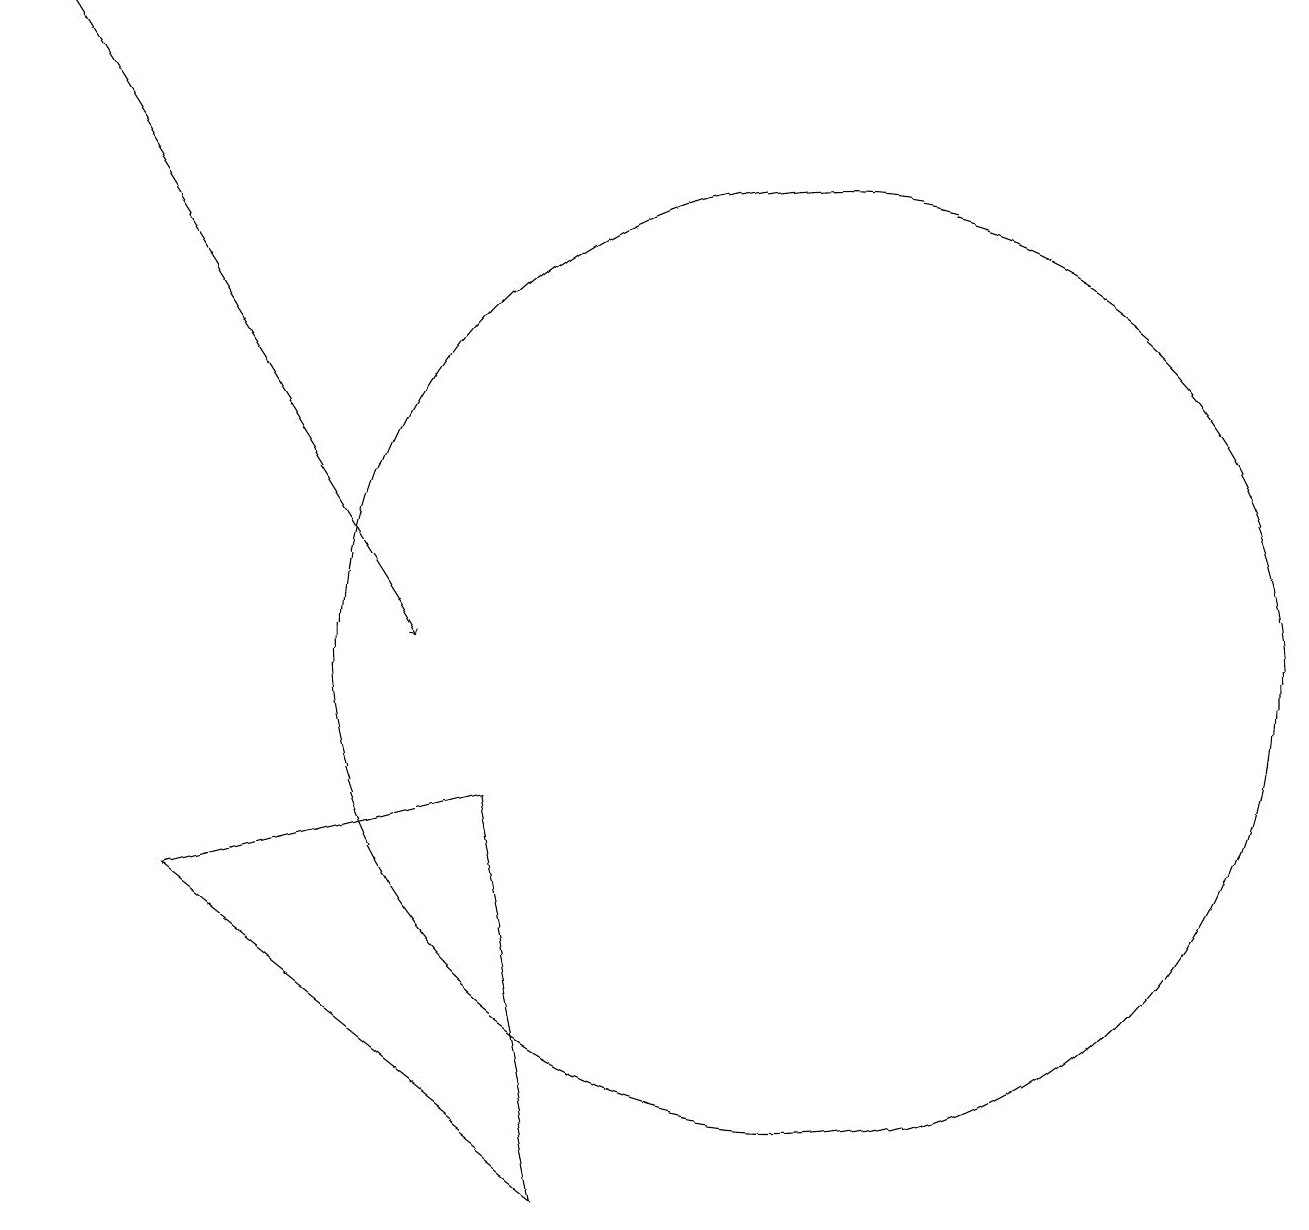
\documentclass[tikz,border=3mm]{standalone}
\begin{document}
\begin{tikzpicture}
\draw (10,11) circle (6);
\draw (12,10) circle (0);
\draw (6,9) -- (7,4) -- (2,8) -- cycle;
\draw[->] (0,19) -- (5,11);
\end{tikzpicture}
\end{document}